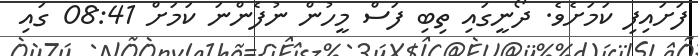
ފަށައިފި ކަމަށެވެ. ދޯނީގައި ތިބި ފަސް މީހުން ނުފެންނަ ކަމަށް 08:41 ގައި